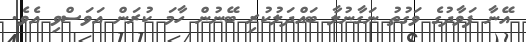
އޭނާ ފަވާދުގެ ވަގުތު ނަގާނުލާ ބައްދަލުކުރި ބޭނުން ހާމަ ކުރަން އަވަސްވި އެވެ.